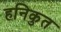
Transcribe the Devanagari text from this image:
हनिकुत